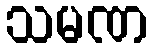
သမဏ